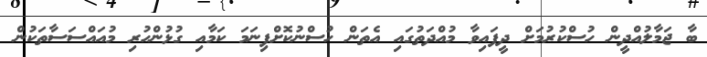
ބާ ޖަމާލުއްދީން ހުސްކުރުމަށް ދީފައިވާ މުއްދަތުގައި އެތަން ހުސްނުކޮށްފިނަމަ ކަމާއި ގުޅުންހުރި މުއައްސަސާތަކުން